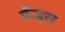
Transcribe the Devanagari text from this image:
फ्रैंड्स